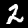
Label: 2